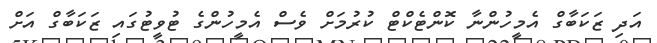
އަދި ޒަކަބާގް އެމީހުންނާ ކޮންޓެކްޓް ކުރުމަށް ވެސް އެމީހުންގެ ޓުވީޓުގައި ޒަކަބާގް އަށް